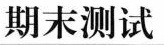
期末测试